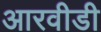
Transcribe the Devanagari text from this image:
आरवीडी